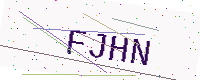
Text: FJHN